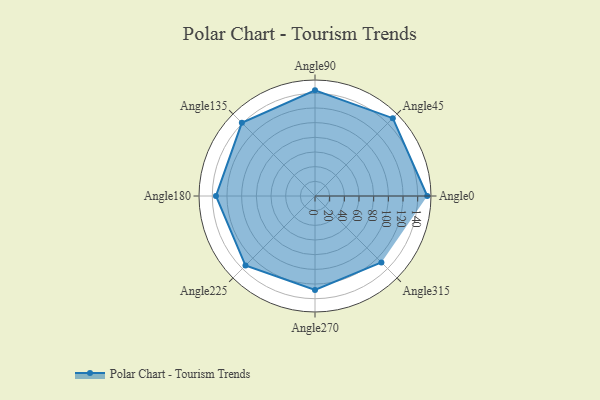
{"axis": {"x": "Angle", "y": "Radius"}, "legend": [""], "data": [{"x": "Angle0", "y": 153.0, "type": ""}, {"x": "Angle45", "y": 150.0, "type": ""}, {"x": "Angle90", "y": 144.0, "type": ""}, {"x": "Angle135", "y": 141.0, "type": ""}, {"x": "Angle180", "y": 135.0, "type": ""}, {"x": "Angle225", "y": 134.0, "type": ""}, {"x": "Angle270", "y": 128.0, "type": ""}, {"x": "Angle315", "y": 128.0, "type": ""}]}